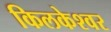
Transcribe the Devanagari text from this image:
किलकेश्‍वर